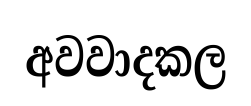
අවවාදකල